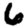
Digit: 6